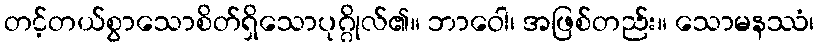
တင့်တယ်စွာသောစိတ်ရှိသောပုဂ္ဂိုလ်၏။ ဘာဝေါ၊ အဖြစ်တည်း။ သောမနဿံ၊